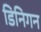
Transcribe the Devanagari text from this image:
डिनिगन